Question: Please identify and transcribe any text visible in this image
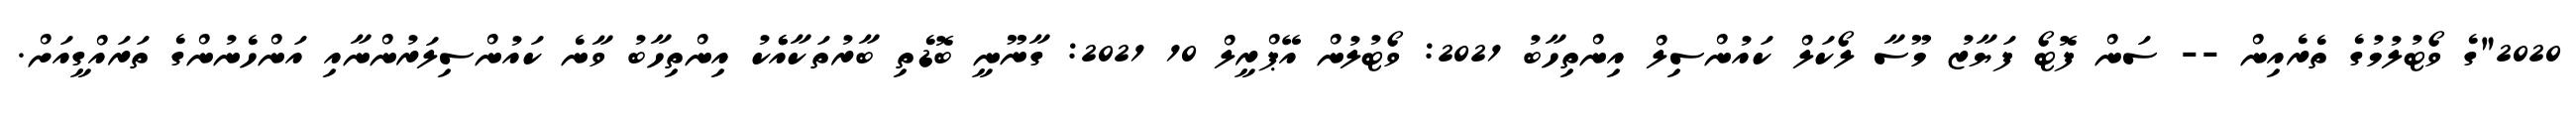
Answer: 2020"ގެ ވޯޓުލުމުގެ ތެރެއިން -- ސަން ފޮޓޯ ފަޔާޒު މޫސާ ލޯކަލް ކައުންސިލް އިންތިހާބު 2021: ވޯޓުލުން އޭޕްރީލް 10 2021: ގާނޫނީ ބޮޑެތި ބާރުތަކާއެެކު އިންތިހާބު ވާނެ ކައުންސިލަރުންނާއި އަންހެނުންގެ ތަރައްގީއަށް.